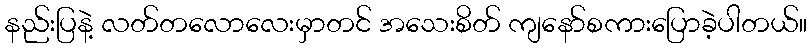
နည်းပြနဲ့ လတ်တလောလေးမှာတင် အသေးစိတ် ကျနော်စကားပြောခဲ့ပါတယ်။